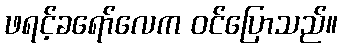
ဖရင့်ခရော်လေက ဝင်ပြောသည်။